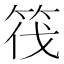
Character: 筏